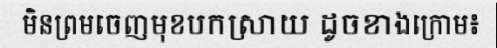
មិនព្រមចេញមុខបកស្រាយ ដូចខាងក្រោម៖